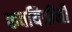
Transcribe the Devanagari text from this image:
कवयित्रींनी